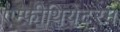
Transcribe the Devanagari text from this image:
एम्फ़ीथियेटरम